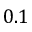
0 . 1